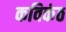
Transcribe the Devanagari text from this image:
कविकंठ